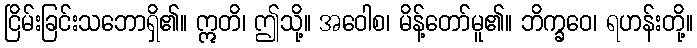
ငြိမ်းခြင်းသဘောရှိ၏။ ဣတိ၊ ဤသို့။ အဝေါစ၊ မိန့်တော်မူ၏။ ဘိက္ခဝေ၊ ရဟန်းတို့။